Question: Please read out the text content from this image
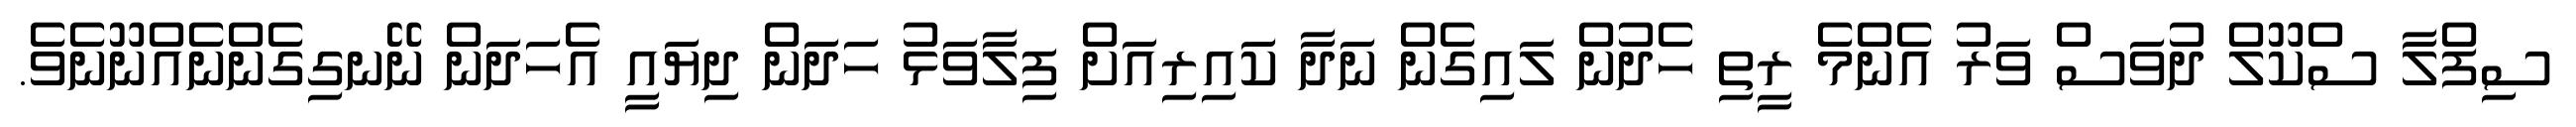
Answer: ސިފްލާ ސްކޫލް ދުވަސް ވަރު އެންމެ ރީތި ހެދުން ލައިގެން ނަދާ ކައިރިއަށް ފިލާވަޅު ހަދަން ދިޔައީ އެހަދަން ނޭނގިގެންނެއްނޫނެވެ.